Annual administration report of the Civil Veterinary Department of India - 1898-1899
Year: 1898
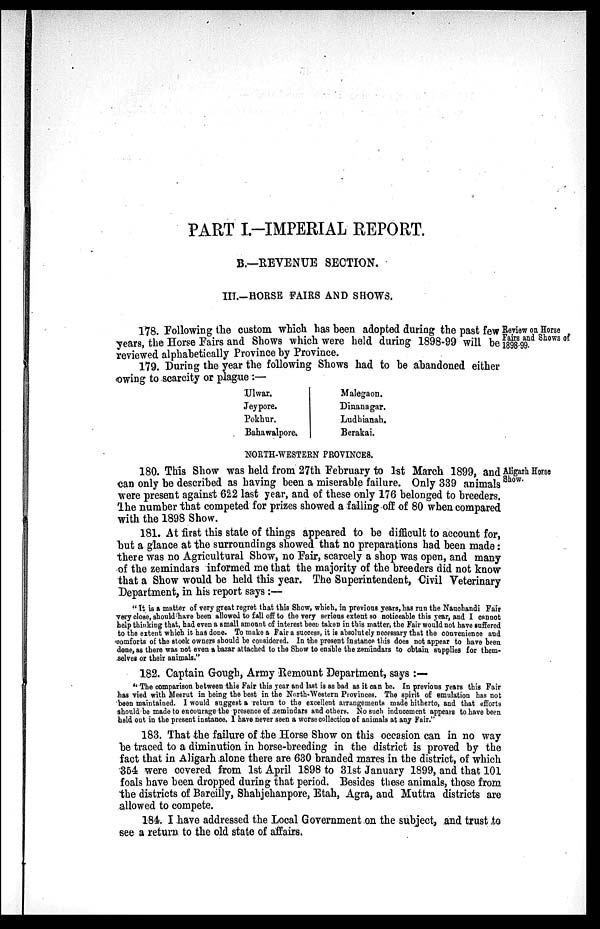
PART I.-IMPERIAL REPORT.
B.—REVENUE SECTION.
III.-HORSE FAIRS AND SHOWS.
Review on Horse
Fairs and Shows of
1898-99.
178. Following the custom which has been adopted during the past few
years, the Horse Fairs and Shows which were held during 1898-99 will be
reviewed alphabetically Province by Province.
179. During the year the following Shows had to be abandoned either
owing to scarcity or plague:—
Ulwar.
Jeypore.
Pokhur.
Bahawalpore.
Malegaon.
Dinanagar.
Ludhianah.
Berakai.
NORTH-WESTERN PROVINCES.
Aligarh Horse
Show.
180. This Show was held from 27th February to 1st March 1899, and
can only be described as having been a miserable failure. Only 339 animals
were present against 622 last year, and of these only 176 belonged to breeders.
The number that competed for prizes showed a falling off of 80 when compared
with the 1898 Show.
181. At first this state of things appeared to be difficult to account for,
but a glance at the surroundings showed that no preparations had been made:
there was no Agricultural Show, no Fair, scarcely a shop was open, and many
of the zemindars informed me that the majority of the breeders did not know
that a Show would be held this year. The Superintendent, Civil Veterinary
Department, in his report says :—
"It is a matter of very great regret that this Show, which, in previous years, has run the Nauchandi Fair
very close, should have been allowed to fall off to the very serious extent so noticeable this year, and I cannot
help thinking that, had even a small amount of interest been taken in this matter, the Fair would not have suffered
to the extent which it has done. To make a Pair a success, it is absolutely necessary that the convenience and
comforts of the stock owners should be considered. In the present instance this does not appear to have been
done, as there was not even a bazar attached to the Show to enable the zemindars to obtain supplies for them-
selves or their animals."
182. Captain Gough, Army Remount Department, says:—
"The comparison between this Fair this year and last is as bad as it can be. In previous years this Fair
has vied with Meerut in being the best in the North-Western Provinces. The spirit of emulation has not
been maintained. I would suggest a return to the excellent arrangements made hitherto, and that efforts
should be made to encourage the presence of zemindars and others. No such inducement appears to have been
held out in the present instance. 1 have never seen a worse collection of animals at any Fair."
183. That the failure of the Horse Show on this occasion can in no way
be traced to a diminution in horse-breeding in the district is proved by the
fact that in Aligarh alone there are 630 branded mares in the district, of which
354 were covered from 1st April 1898 to 31st January 1899, and that 101
foals have been dropped during that period. Besides these animals, those from
the districts of Bareilly, Shahjehanpore, Etah, Agra, and Muttra districts are
allowed to compete.
184. I have addressed the Local Government on the subject, and trust to
see a return to the old state of affairs.